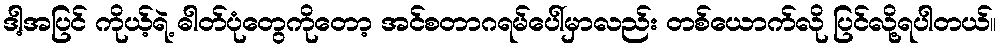
ဒါ့အပြင် ကိုယ့်ရဲ့ ဓါတ်ပုံတွေကိုတော့ အင်စတာဂရမ်ပေါ်မှာလည်း တစ်ယောက်လို ပြင်လို့ရပါတယ်။